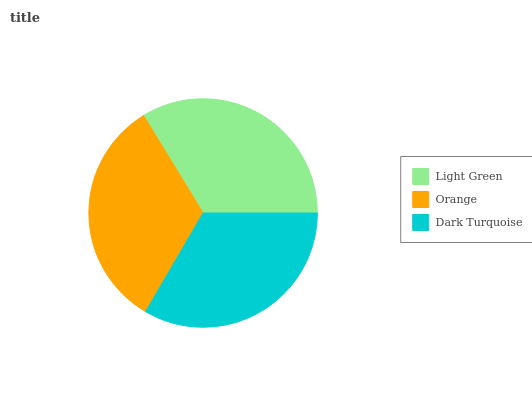
| Light Green | Orange | Dark Turquoise |
 | --- | --- | --- |
 | 33.7% | 32.9% | 33.4% |